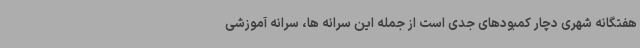
هفتگانه شهری دچار کمبودهای جدی است از جمله این سرانه ها، سرانه آموزشی